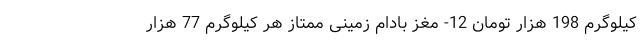
کیلوگرم 198 هزار تومان 12- مغز بادام زمینی ممتاز هر کیلوگرم 77 هزار